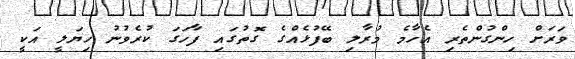
ވަރަށް ހިންގުންތެރި އެހާމެ މުރާލި ބޭފުޅެއްގެ ގޮތުގައި ފާހަގަ ކުރެވުނު ހިޔަލީ އަކީ